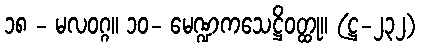
၁၈ - မလဝဂ္ဂ။ ၁၀- မေဏ္ဍကသေဋ္ဌိဝတ္ထု။ (ဋ္ဌ-၂၃၂)